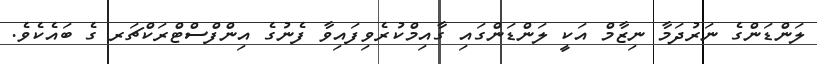
ލަންޑަންގެ ނަރުދަމާ ނިޒާމް އަކީ ލަންޑަންގައި ގާއިމްކުރެވިފައިވާ ފެނުގެ އިންފްސްޓްރަކްޗަރ ގެ ބައެކެވެ.